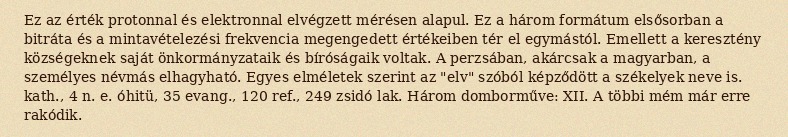
Ez az érték protonnal és elektronnal elvégzett mérésen alapul. Ez a három formátum elsősorban a bitráta és a mintavételezési frekvencia megengedett értékeiben tér el egymástól. Emellett a keresztény községeknek saját önkormányzataik és bíróságaik voltak. A perzsában, akárcsak a magyarban, a személyes névmás elhagyható. Egyes elméletek szerint az "elv" szóból képződött a székelyek neve is. kath., 4 n. e. óhitü, 35 evang., 120 ref., 249 zsidó lak. Három domborműve: XII. A többi mém már erre rakódik.